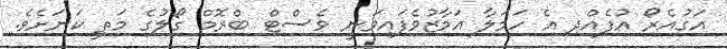
އަގުއެރޯ އުފެއްދި އެ ހަމަލާ އަމާޒުވެފައިވަނީ ވެސްޓް ބްރޮމް ގޯލުގެ މަތީ ކަނަށެވެ.